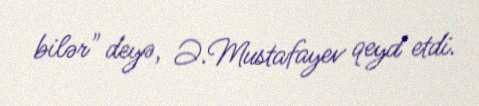
bilər" deyə, Ə.Mustafayev qeyd etdi.